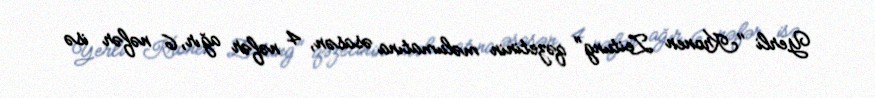
Yerli "Kronen Zeitung" qəzetinin məlumatına əsasən, 4 nəfər ağır, 6 nəfər isə